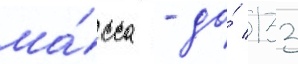
ма́сса - до́ 133